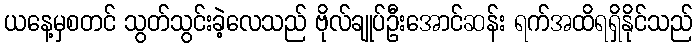
ယနေ့မှစတင် သွတ်သွင်းခဲ့လေသည် ဗိုလ်ချုပ်ဦးအောင်ဆန်း ရက်အထိရရှိနိုင်သည်